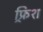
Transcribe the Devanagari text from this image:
फ्र्रिश